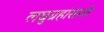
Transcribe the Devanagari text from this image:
लघुग्रहांसाठी